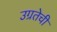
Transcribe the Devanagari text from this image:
उग्रतेची